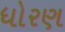
ધોરણ